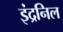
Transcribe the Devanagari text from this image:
इंद्रनिल